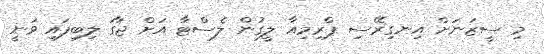
މި ސީޒަނަށް އިނގިރޭސި ޕްރިމިއާ ލީގުން ލެސްޓާ އަށް ޖާގަ ލިބިފައި ވަނީ